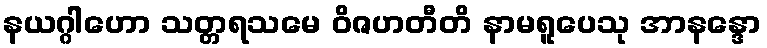
နယဂ္ဂါဟော သတ္တရသမေ ဝိဇဟတီတိ နာမရူပေသု အာနန္ဒော